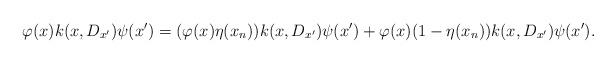
LaTeX: \begin{align*} &\varphi(x) k(x,D_{x'})\psi(x')=(\varphi(x)\eta(x_n))k(x,D_{x'})\psi(x') + \varphi(x)(1-\eta(x_n))k(x,D_{x'})\psi(x').\end{align*}